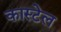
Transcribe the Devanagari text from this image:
कास्टेल